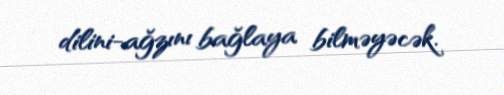
dilini-ağzını bağlaya bilməyəcək.